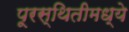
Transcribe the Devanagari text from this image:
पूरस्थितीमध्ये